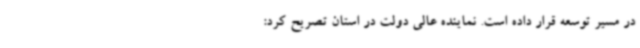
در مسیر توسعه قرار داده است. نماینده عالی دولت در استان تصریح کرد: